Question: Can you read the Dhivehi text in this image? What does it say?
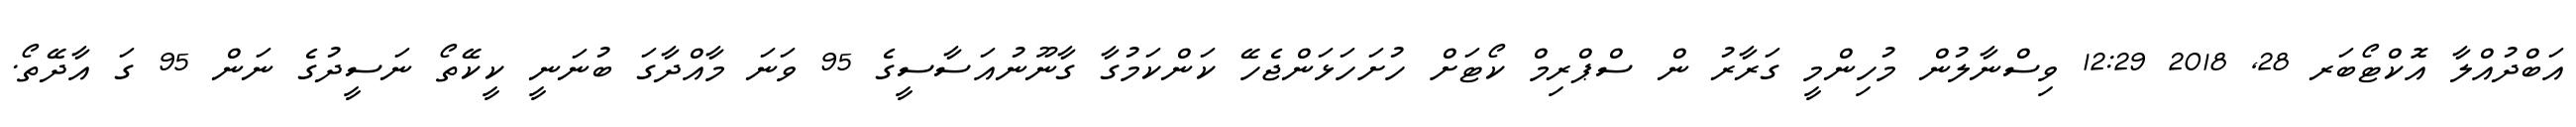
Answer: އަބްދުއްލާ އޮކްޓޯބަރ 28, 2018 12:29 ވިސްނާލުން މުހިންމީ ގަރާރު ން ސްޕްރިމް ކޯޓަށް ހުށަހަޅަންޖެހޭ ކަންކަމުގާ ގާނޫނުއަސާސީގެ 95 ވަނަ މާއްދާގަ ބުނަނީ ކީކޭތޯ ނަސީދުގެ ނަން 95 ގަ އާދޭތޯ.